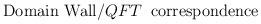
LaTeX: \begin{align*}\mbox{Domain Wall}/QFT \,\,\, \mbox{correspondence}\end{align*}